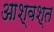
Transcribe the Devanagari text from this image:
आश्वश्त